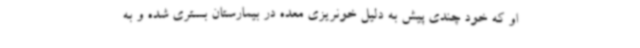
او که خود چندی پیش به دلیل خونریزی معده در بیمارستان بستری شده و به